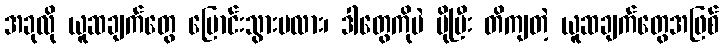
အခုလို ယူဆချက်တွေ ပြောင်းသွားမလား၊ ဒါတွေကိုပဲ ပိုပြီး တိကျတဲ့ ယူဆချက်တွေအဖြစ်